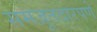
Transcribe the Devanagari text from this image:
समजूतदारपणे